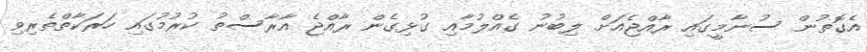
އެގޮތުން ސުނާމީގައި ރާއްޖެއަށް ލިބުނު ގެއްލުމާއި ގުޅިގެން ރާއްޖެ އާރާސްތު ކުރުމުގައި ހަރަކާތްތެރިވި